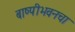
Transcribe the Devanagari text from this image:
बाष्पीभवनचा